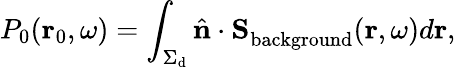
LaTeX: P_{0}(\mathbf{r}_{0},\omega)=\int_{\Sigma_{\mathrm{d}}}\hat{{\mathbf n}}\cdot{\mathbf S}_{\mathrm{background}}^{\mathrm{}}({\mathbf r},\omega)d\mathbf{r},